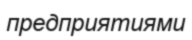
предприятиями